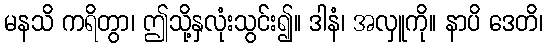
မနသိ ကရိတွာ၊ ဤသို့နှလုံးသွင်း၍။ ဒါနံ၊ အလှူကို။ နာပိ ဒေတိ၊